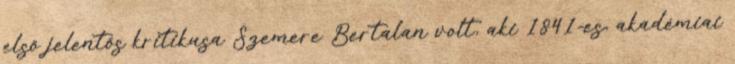
első jelentős kritikusa Szemere Bertalan volt, aki 1841-es, akadémiai